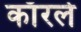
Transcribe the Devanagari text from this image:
काँरले